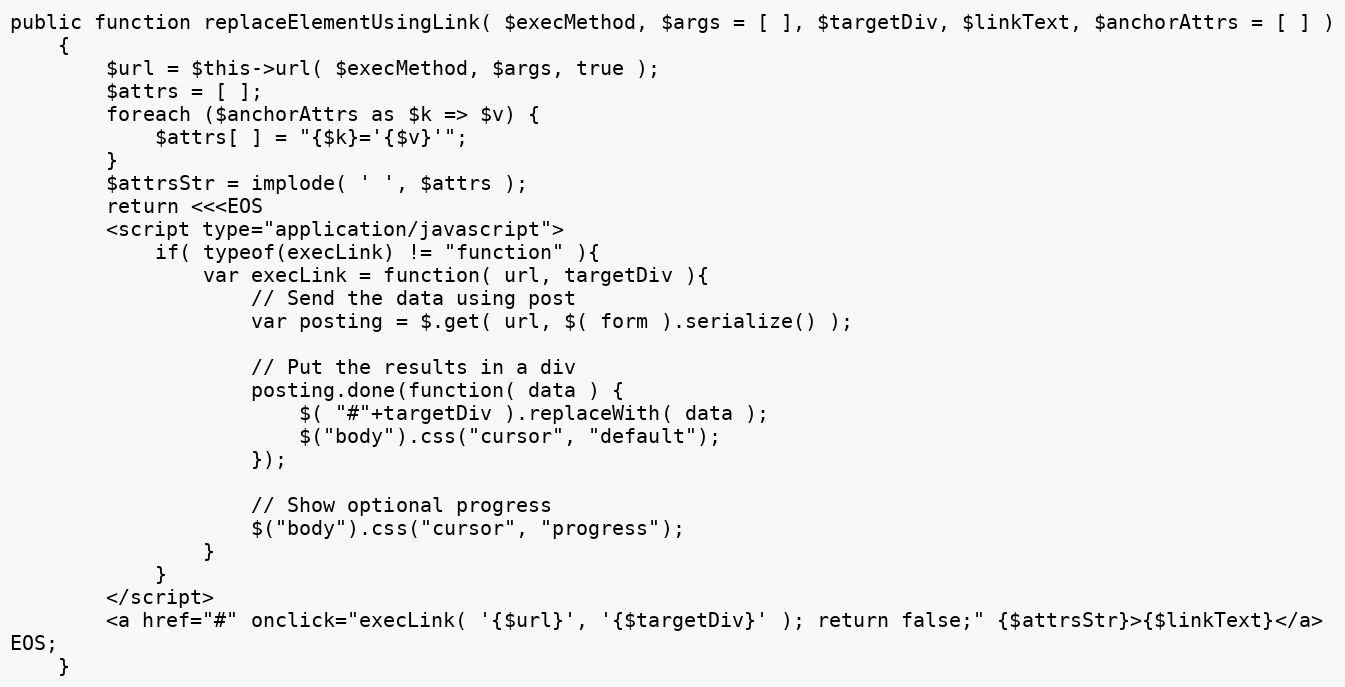
Language: PHP
public function replaceElementUsingLink( $execMethod, $args = [ ], $targetDiv, $linkText, $anchorAttrs = [ ] )
    {
        $url = $this->url( $execMethod, $args, true );
        $attrs = [ ];
        foreach ($anchorAttrs as $k => $v) {
            $attrs[ ] = "{$k}='{$v}'";
        }
        $attrsStr = implode( ' ', $attrs );
        return <<<EOS
        <script type="application/javascript">
            if( typeof(execLink) != "function" ){
                var execLink = function( url, targetDiv ){
                    // Send the data using post
                    var posting = $.get( url, $( form ).serialize() );

                    // Put the results in a div
                    posting.done(function( data ) {
                        $( "#"+targetDiv ).replaceWith( data );
                        $("body").css("cursor", "default");
                    });

                    // Show optional progress
                    $("body").css("cursor", "progress");
                }
            }
        </script>
        <a href="#" onclick="execLink( '{$url}', '{$targetDiv}' ); return false;" {$attrsStr}>{$linkText}</a>
EOS;
    }